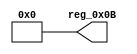
module r_PD_INTERFACE_REV_HIGH(output wire [7:0] reg_0x0B);
	assign reg_0x0B=8'h00;
endmodule